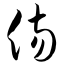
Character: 伤